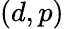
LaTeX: (d,p)